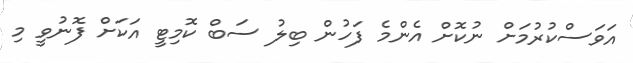
އަވަސްކުރުމަށް ނުކޮށް އެންމެ ފަހުން ބިލު ސަބް ކޮމިޓީ އަކަށް ފޮނުވީ މި